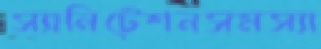
স্যানিটেশনসমস্যা